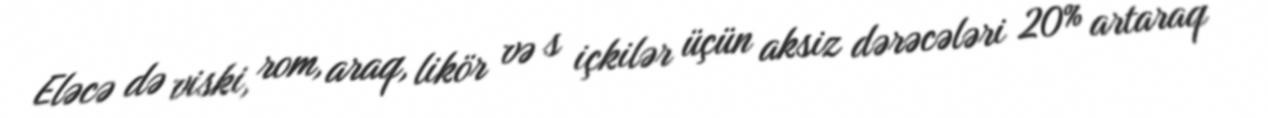
Eləcə də viski, rom, araq, likör və s içkilər üçün aksiz dərəcələri 20% artaraq